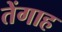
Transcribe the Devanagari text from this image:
तेंगाह